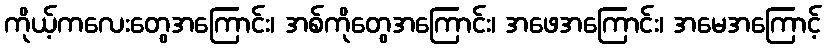
ကိုယ့်ကလေးတွေအကြောင်း၊ အစ်ကိုတွေအကြောင်း၊ အဖေအကြောင်း၊ အမေအကြောင့်